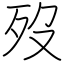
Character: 歿